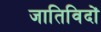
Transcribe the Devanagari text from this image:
जातिविदों